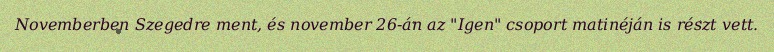
Novemberben Szegedre ment, és november 26-án az "Igen" csoport matinéján is részt vett.